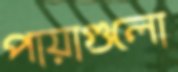
পায়াগুলো